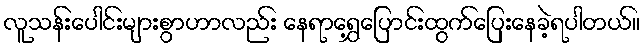
လူသန်းပေါင်းများစွာဟာလည်း နေရာရွှေ့ပြောင်းထွက်ပြေးနေခဲ့ရပါတယ်။